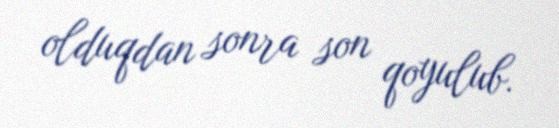
olduqdan sonra son qoyulub.